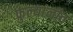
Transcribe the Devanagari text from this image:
फुल्यांनीव